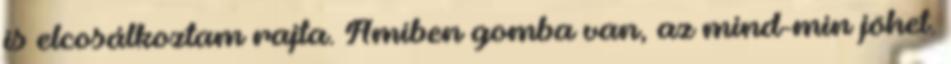
is elcosálkoztam rajta. Amiben gomba van, az mind-min jöhet.